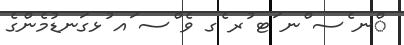
ްނ ެސ ްނ ަޓ ުރ ެގ ވެ ްސ ައ ުޅގަނޑުމެންގެ